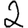
Digit: 2